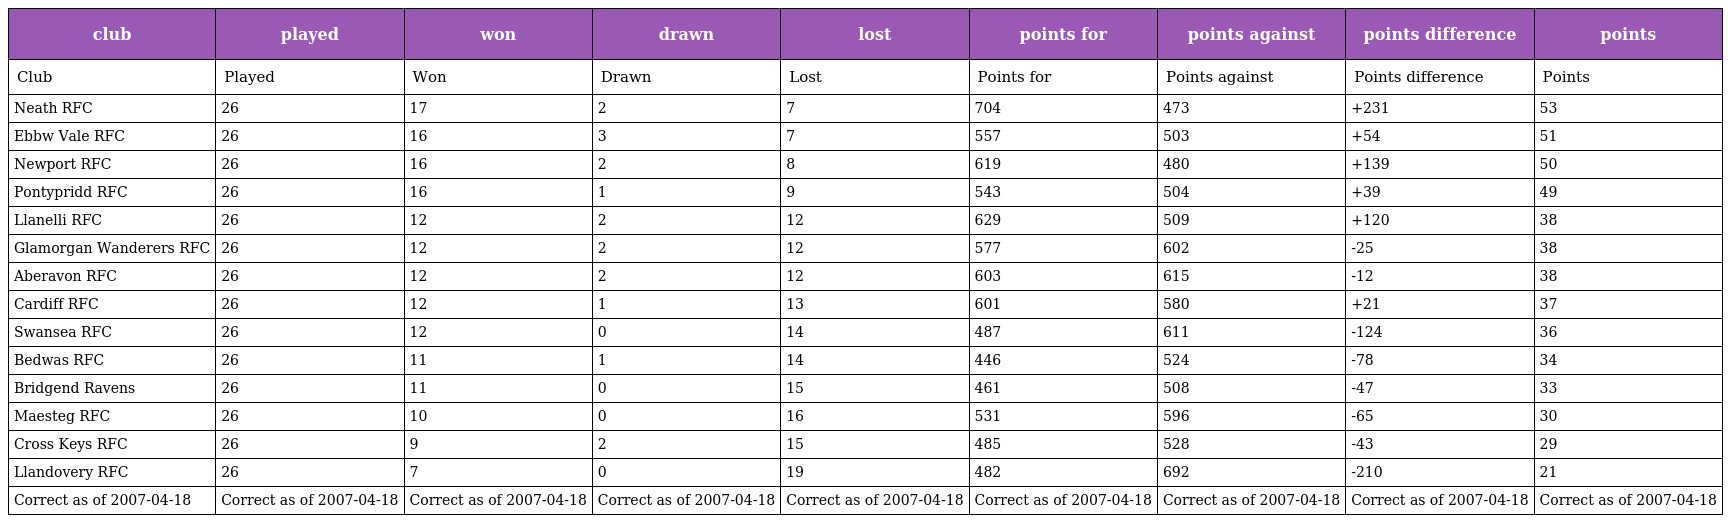
| club | played | won | drawn | lost | points for | points against | points difference | points |
 | --- | --- | --- | --- | --- | --- | --- | --- | --- |
 | Club | Played | Won | Drawn | Lost | Points for | Points against | Points difference | Points |
 | Neath RFC | 26 | 17 | 2 | 7 | 704 | 473 | +231 | 53 |
 | Ebbw Vale RFC | 26 | 16 | 3 | 7 | 557 | 503 | +54 | 51 |
 | Newport RFC | 26 | 16 | 2 | 8 | 619 | 480 | +139 | 50 |
 | Pontypridd RFC | 26 | 16 | 1 | 9 | 543 | 504 | +39 | 49 |
 | Llanelli RFC | 26 | 12 | 2 | 12 | 629 | 509 | +120 | 38 |
 | Glamorgan Wanderers RFC | 26 | 12 | 2 | 12 | 577 | 602 | -25 | 38 |
 | Aberavon RFC | 26 | 12 | 2 | 12 | 603 | 615 | -12 | 38 |
 | Cardiff RFC | 26 | 12 | 1 | 13 | 601 | 580 | +21 | 37 |
 | Swansea RFC | 26 | 12 | 0 | 14 | 487 | 611 | -124 | 36 |
 | Bedwas RFC | 26 | 11 | 1 | 14 | 446 | 524 | -78 | 34 |
 | Bridgend Ravens | 26 | 11 | 0 | 15 | 461 | 508 | -47 | 33 |
 | Maesteg RFC | 26 | 10 | 0 | 16 | 531 | 596 | -65 | 30 |
 | Cross Keys RFC | 26 | 9 | 2 | 15 | 485 | 528 | -43 | 29 |
 | Llandovery RFC | 26 | 7 | 0 | 19 | 482 | 692 | -210 | 21 |
 | Correct as of 2007-04-18 | Correct as of 2007-04-18 | Correct as of 2007-04-18 | Correct as of 2007-04-18 | Correct as of 2007-04-18 | Correct as of 2007-04-18 | Correct as of 2007-04-18 | Correct as of 2007-04-18 | Correct as of 2007-04-18 |